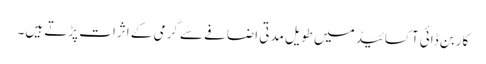
کاربن ڈائی آکسائیڈ میں طویل مدتی اضافے سے گرمی کے اثرات پڑتے ہیں۔